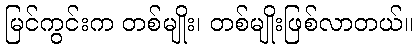
မြင်ကွင်းက တစ်မျိုး၊ တစ်မျိုးဖြစ်လာတယ်။